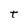
Character: t